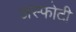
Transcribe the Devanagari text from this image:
अस्फोटी